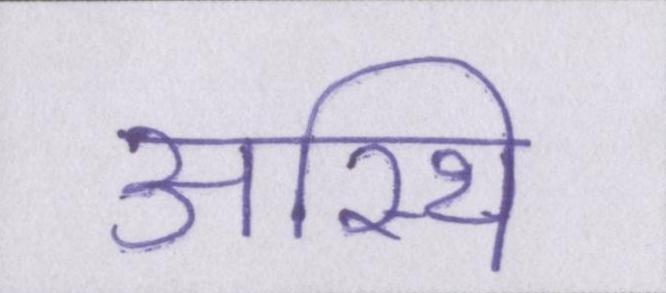
अस्थि